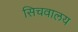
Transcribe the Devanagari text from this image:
सिचवालय